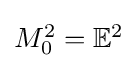
{\textstyle M_{0}^{2}=\mathbb {E} ^{2}}